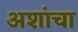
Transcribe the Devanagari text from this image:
अशांचा